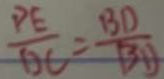
\frac { D E } { D C } = \frac { B D } { B D }